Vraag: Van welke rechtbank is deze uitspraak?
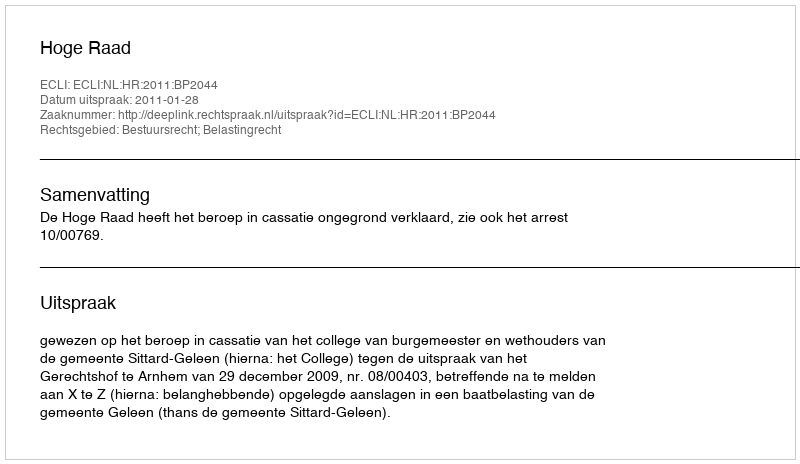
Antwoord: Hoge Raad